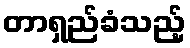
တာရှည်ခံသည့်